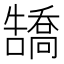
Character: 𪢡